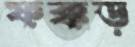
ফক্কড়